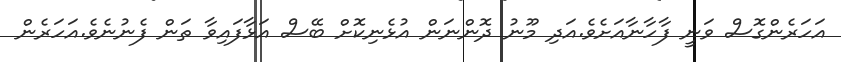
އަހަރެންގޮސް ވަނީ ފާހާނާއަށެވެ.އަދި މޫނު ދޮންނަން އުޅެނިކޮށް ބޭސް އަޅާފައިވާ ތަން ފެނުނެވެ.އަހަރެން